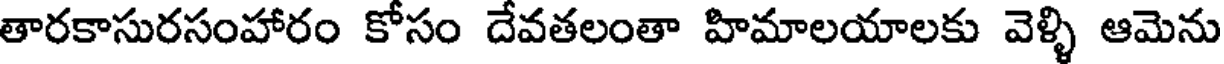
తారకాసురసంహారం కోసం దేవతలంతా హిమాలయాలకు వెళ్ళి ఆమెను